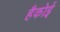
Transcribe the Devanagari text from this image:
हैकोई